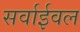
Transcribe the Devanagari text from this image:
सर्वाईवल